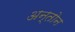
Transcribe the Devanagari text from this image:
अन्तोन